system: You are a helpful assistant.
user:
Analyze the provided spectrum to determine if it is a **S-type Star**.

- **Key Indicators for S-type Star:**

    - **(Overall Spectrum Shape):** The first and most obvious characteristic is the overall continuum (the "baseline" shape). It is **extremely "red-sloping,"** meaning the flux (light intensity) is very low on the left side (blue, ~4000-4500 Å) and rises steeply and continuously toward the right side (red, ~7000 Å+).

    - **(Primary):** The spectrum is defined by the presence of strong, broad molecular absorption "valleys" (bands) from **Zirconium Oxide (ZrO)**. The identification of these bands is the **primary requirement** for classifying a star as S-type.
        - **(Key Bandheads):** You must find distinct, deep "dips" where the light has been absorbed. The most critical band systems to locate are:
            - **~6474 Å** ($\gamma$-system): This is often the strongest and clearest ZrO feature, found in the red part of the spectrum.
            - **~5718 Å** & **~5551 Å** ($\beta$-system): A pair of prominent absorption features in the yellow-orange part of the spectrum.
            - **~4640 Å** ($\alpha$-system): A key absorption band system in the blue-green region of the spectrum.

    - **(Secondary Confirmation):** The classification is strengthened by finding additional absorption bands from other related heavy element oxides, which are expected to be present alongside ZrO.
        - **(Key Bandheads):**
            - **Yttrium Oxide (YO):** Look for absorption dips near **~4800 Å** and **~6100 Å**.
            - **Lanthanum Oxide (LaO):** Additional absorption features, particularly in the red-orange part of the spectrum, are also characteristic.

    - **(Line Profile):** The combination of the steep red continuum and these numerous, deep molecular bands (ZrO, YO, etc.) gives the entire spectrum a very **"chopped-up"** or **"bumpy"** appearance. Instead of a smooth curve, the spectrum looks as though large, wide chunks of light have been "carved out" of it at the specific wavelengths listed above.

Think first, call **spectral_visualization_tool** if needed to examine features in detail, then provide your final answer. Your response must adhere to the following strict rules:
1.  **Overall Structure:** Your response must follow the format `<think>...</think> <tool_call>...</tool_call> (if a tool is used) <answer>...</answer>`.
2.  **Tool Usage Constraint:** You may only make **one** tool call per turn.
3.  **Final Answer Format:** In the `<answer>` tag, your conclusion must be inside a `\boxed{}` command (e.g., `\boxed{YES}` or `\boxed{NO}`), followed by your justification.

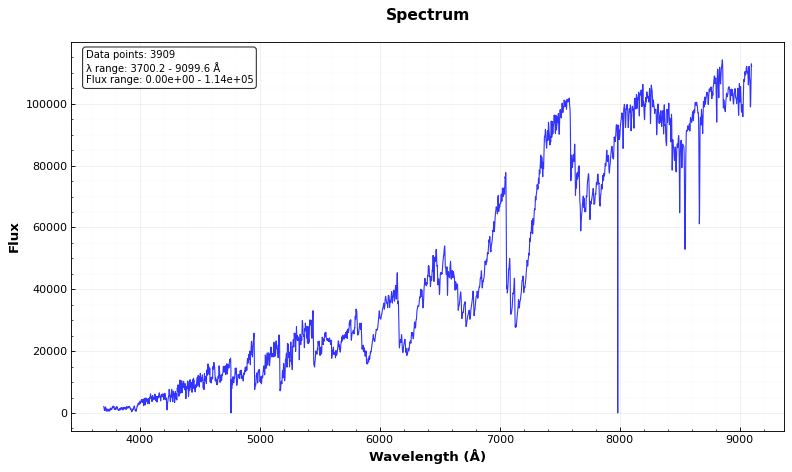
Answer: YES